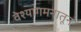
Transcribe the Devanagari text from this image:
वेश्यागमनातून